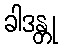
ခါဒန္တု